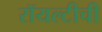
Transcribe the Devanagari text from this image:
रॉयल्टीची